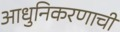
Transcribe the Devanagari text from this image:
आधुनिकरणाची